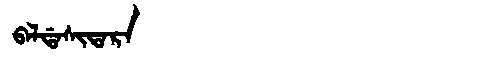
Manchu: ᠪᠠᠯᡩᠠᠰᡳᡨᠠᡵᠠ
Romanization: BALDASITARA